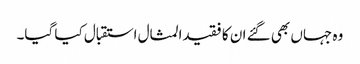
وہ جہاں بھی گئے ان کا فقیدالمثال استقبال کیا گیا۔